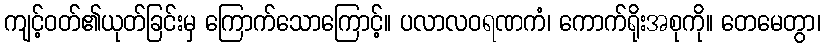
ကျင့်ဝတ်၏ယုတ်ခြင်းမှ ကြောက်သောကြောင့်။ ပလာလဝရဏကံ၊ ကောက်ရိုးအစုကို။ တေမေတွာ၊